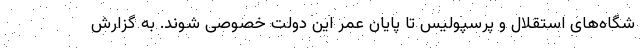
شگاه‌های استقلال و پرسپولیس تا پایان عمر این دولت خصوصی شوند. به گزارش